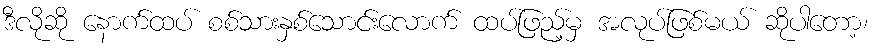
ဒီလိုဆို နောက်ထပ် စစ်သားနှစ်သောင်းလောက် ထပ်ဖြည့်မှ အလုပ်ဖြစ်မယ် ဆိုပါတော့၊